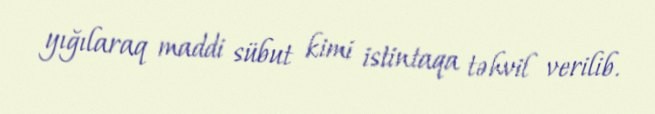
yığılaraq maddi sübut kimi istintaqa təhvil verilib.